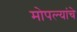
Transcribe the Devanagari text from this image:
मोपल्यांचे